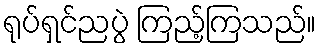
ရုပ်ရှင်ညပွဲ ကြည့်ကြသည်။